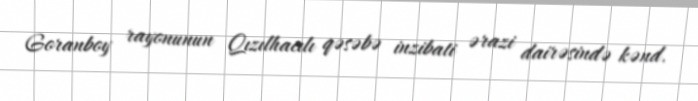
Goranboy rayonunun Qızılhacılı qəsəbə inzibati ərazi dairəsində kənd.